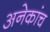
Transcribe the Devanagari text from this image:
अनेकांच